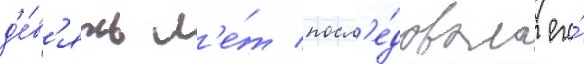
д'е́в'ять л'е́т посл'е́довала его́